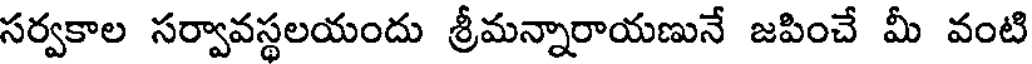
సర్వకాల సర్వావస్థలయందు శ్రీమన్నారాయణునే జపించే మీ వంటి